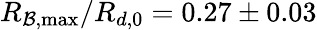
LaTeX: R_{\mathcal{B},\operatorname*{max}}/R_{d,0}=0.27\pm0.03